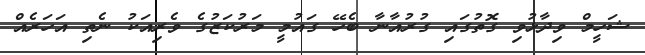
ޝަހީމް ވިދާޅުވި ގޮތުގައި ގުރުއާނާ ބެހޭ ގައުމީ މަރުކަޒުގެ ވެރިއަކު ނެތި އަހަރެއް